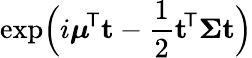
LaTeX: \exp\! {\Big(}i{\boldsymbol{\mu}}^{\! {\mathsf{T}}}\mathbf{t}-{\frac{1}{2}}\mathbf{t}^{\! {\mathsf{T}}}{\boldsymbol{\Sigma}}\mathbf{t}{\Big)}